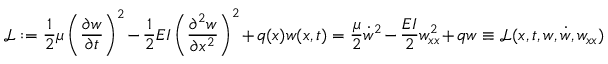
{ \mathcal { L } } : = { \frac { 1 } { 2 } } \mu \left( { \frac { \partial w } { \partial t } } \right) ^ { 2 } - { \frac { 1 } { 2 } } E I \left( { \frac { \partial ^ { 2 } w } { \partial x ^ { 2 } } } \right) ^ { 2 } + q ( x ) w ( x , t ) = { \frac { \mu } { 2 } } { \dot { w } } ^ { 2 } - { \frac { E I } { 2 } } w _ { x x } ^ { 2 } + q w \equiv { \mathcal { L } } ( x , t , w , { \dot { w } } , w _ { x x } )